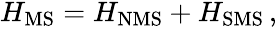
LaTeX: \begin{array}{r}{H_{\mathrm{MS}}=H_{\mathrm{NMS}}+H_{\mathrm{SMS}}\, ,}\end{array}